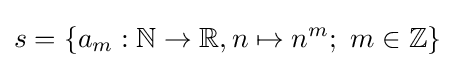
s=\{a_{m}:\mathbb {N} \to \mathbb {R} ,n\mapsto n^{m};~m\in \mathbb {Z} \}